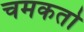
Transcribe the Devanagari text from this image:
चमकतो